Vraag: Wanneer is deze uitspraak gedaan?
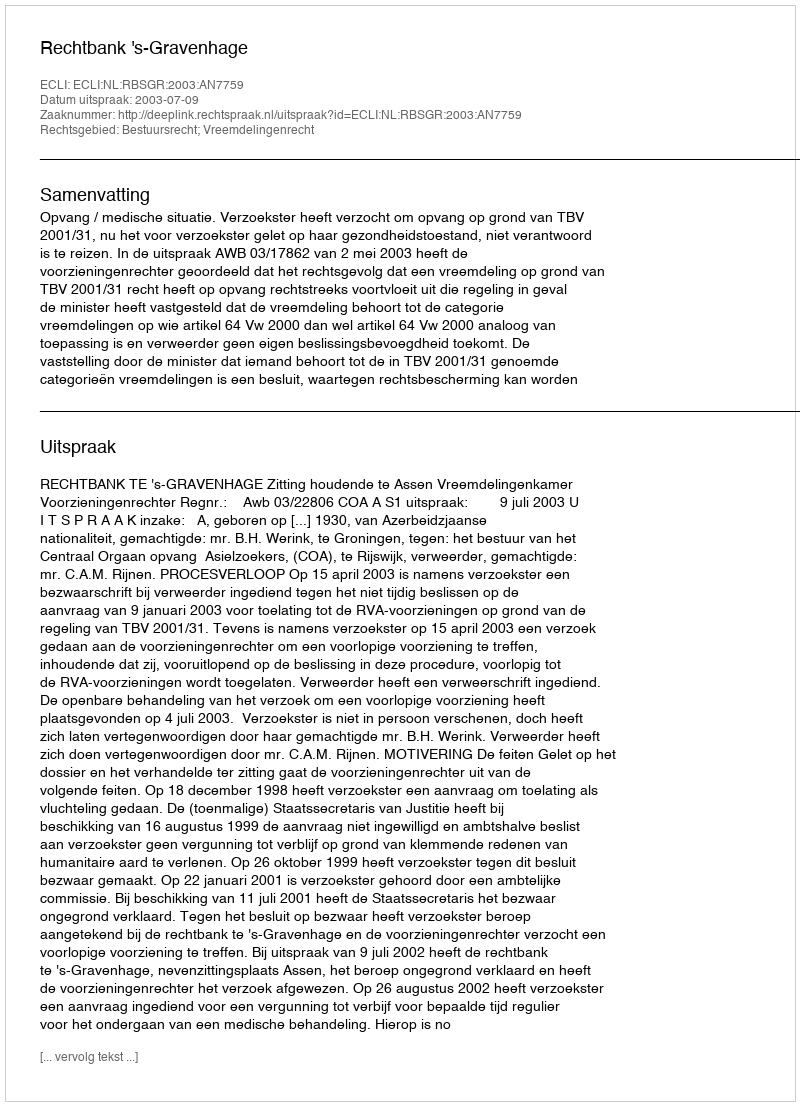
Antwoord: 2003-07-09